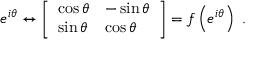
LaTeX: e ^ { i \theta } \leftrightarrow { \left[ \begin{array} { l l } { \cos \theta } & { - \sin \theta } \\ { \sin \theta } & { \cos \theta } \end{array} \right] } = f \left( e ^ { i \theta } \right) ~ .